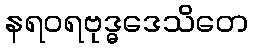
နရဝရဗုဒ္ဓဒေသိတေ